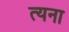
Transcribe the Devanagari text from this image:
त्यना